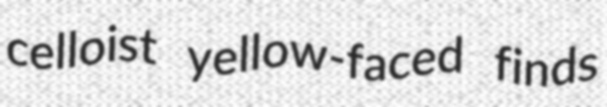
celloist yellow-faced finds